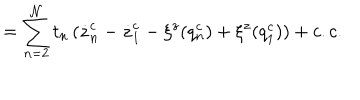
= \sum _ { n = 2 } ^ { \cal N } t _ { n } \left( \dot { z } _ { n } ^ { c } - \dot { z } _ { 1 } ^ { c } - \xi ^ { z } ( q _ { n } ^ { c } ) + \xi ^ { z } ( q _ { 1 } ^ { c } ) \right) + c . c .